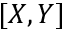
[ X , Y ]